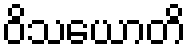
ဝိသယောတိ